Problem: 14 + 34 = ?
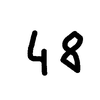
Handwritten answer: 48